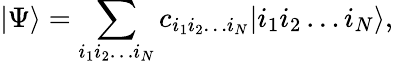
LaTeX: \left|\Psi\right\rangle=\sum_{i_{1}i_{2}\ldots i_{N}}{c_{i_{1}i_{2}\ldots i_{N}}|i_{1}i_{2}\ldots i_{N}\rangle},